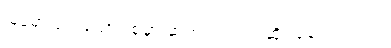
မြန်မာပြည်ထောင်စုမှာ ဆက်လက်ရင်ဆိုင်နေရပါတယ်။